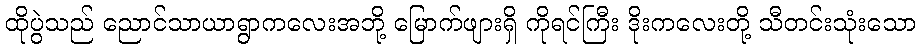
ထိုပွဲသည် ညောင်သာယာရွာကလေးအဘို့ မြောက်ဖျားရှိ ကိုရင်ကြီး ဒိုးကလေးတို့ သီတင်းသုံးသော